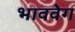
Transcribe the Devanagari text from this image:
भाववेग